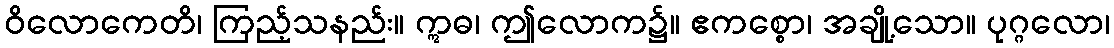
ဝိလောကေတိ၊ ကြည့်သနည်း။ ဣဓ၊ ဤလောက၌။ ဧကစ္စော၊ အချို့သော။ ပုဂ္ဂလော၊